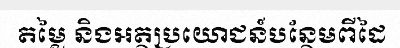
តម្លៃ និងអត្ថប្រយោជន៍បន្ថែមពីដៃ